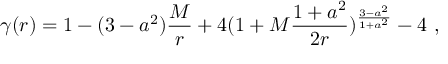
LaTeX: \gamma ( r ) = 1 - ( 3 - a ^ { 2 } ) { \frac { M } { r } } + 4 ( 1 + M { \frac { 1 + a ^ { 2 } } { 2 r } } ) ^ { \frac { 3 - a ^ { 2 } } { 1 + a ^ { 2 } } } - 4 \ ,